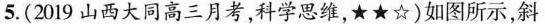
5.(2019山西大同高三月考，科学思维，★★☆)如图所示，斜